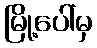
မြို့ပေါ်မှ